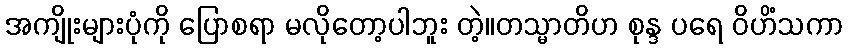
အကျိုးများပုံကို ပြောစရာ မလိုတော့ပါဘူး တဲ့။တသ္မာတိဟ စုန္ဒ ပရေ ဝိဟိံသကာ